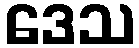
ဒေသ